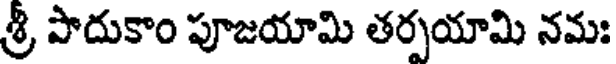
శ్రీ పాదుకాం పూజయామి తర్పయామి నమః